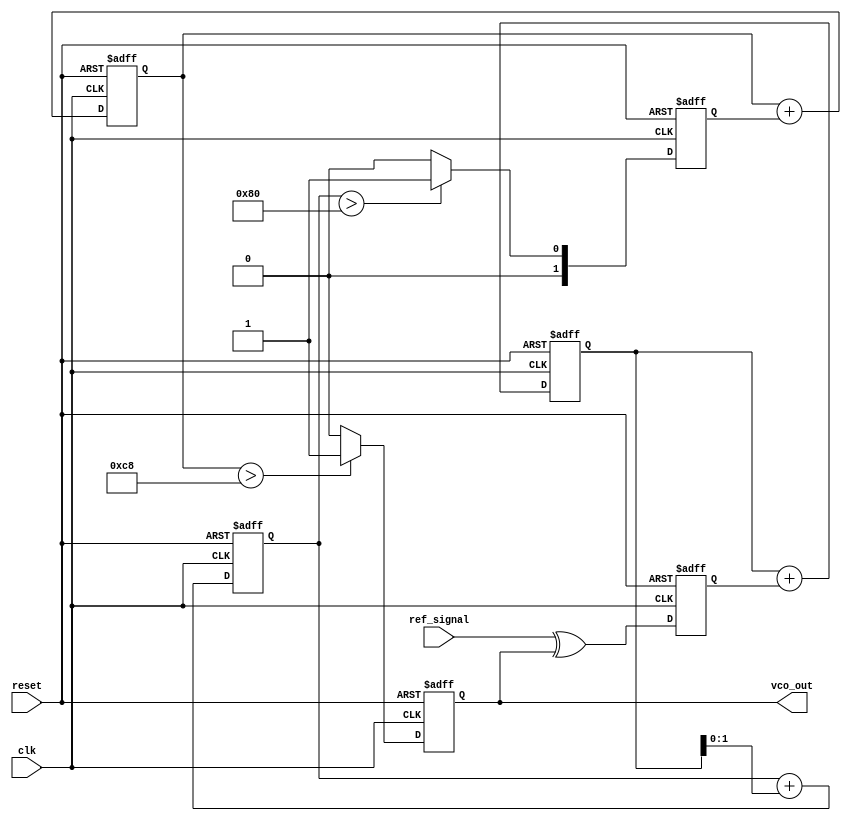
module sigma_delta_pll (
    input wire clk,               // System clock
    input wire reset,             // Reset signal
    input wire ref_signal,        // Reference input signal
    output reg vco_out           // VCO output
);

    // Parameters for loop filter
    parameter LOOP_FILTER_SIZE = 4; // Size of the loop filter
    parameter MODULATOR_ORDER = 2;   // Order of sigma-delta modulator

    // Internal signals
    reg [LOOP_FILTER_SIZE-1:0] loop_filter; // Loop filter output
    reg [MODULATOR_ORDER-1:0] sigma_delta_out; // Sigma-delta modulator output
    reg [7:0] vco_control; // Control word for VCO
    reg [7:0] vco_freq;    // VCO frequency

    // Phase Detector (PD)
    reg pd_out; // PD output
    
    always @(posedge clk or posedge reset) begin
        if (reset) begin
            pd_out <= 0;
        end else begin
            // Simple phase comparison (could be more complex)
            pd_out <= ref_signal ^ vco_out; // Example phase comparison
        end
    end

    // Loop Filter
    always @(posedge clk or posedge reset) begin
        if (reset) begin
            loop_filter <= 0;
        end else begin
            // Simple first-order filter (could be more complex)
            loop_filter <= loop_filter + pd_out;
        end
    end

    // Sigma-Delta Modulator
    reg [MODULATOR_ORDER-1:0] integrator;

    always @(posedge clk or posedge reset) begin
        if (reset) begin
            integrator <= 0;
            sigma_delta_out <= 0;
        end else begin
            // Integrate the loop filter output
            integrator <= integrator + loop_filter;

            // Simple comparator for sigma-delta modulation
            sigma_delta_out <= (integrator > 8'd128) ? 1 : 0; // Threshold at 128
        end
    end

    // Voltage-Controlled Oscillator (VCO)
    always @(posedge clk or posedge reset) begin
        if (reset) begin
            vco_out <= 0;
            vco_freq <= 0;
        end else begin
            // Update VCO frequency based on sigma-delta output
            vco_freq <= vco_freq + sigma_delta_out; // Increment frequency
            vco_out <= (vco_freq > 8'd200) ? 1 : 0; // VCO output logic
        end
    end

endmodule